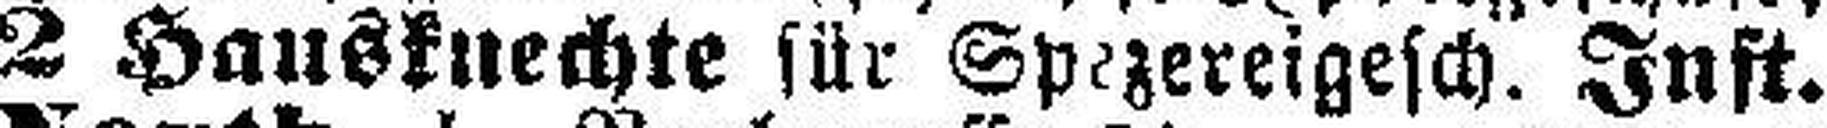
2 Hausknechte für Spezereigesch. Inst.